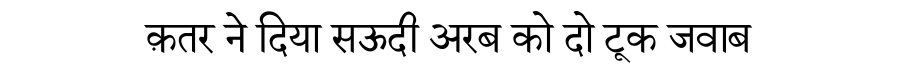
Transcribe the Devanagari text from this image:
क़तर ने दिया सऊदी अरब को दो टूक जवाब